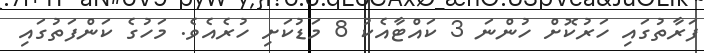
ފަރާތުގައި ހަރުކޮށް ހުންނަ 3 ކައްޓާއެކު 8 މަޑުކަށި ހުރެއެވެ. މަހުގެ ކަންފަތުގައި